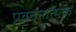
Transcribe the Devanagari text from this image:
प्रवचनात्मक